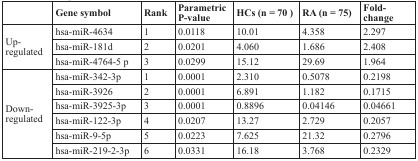
<table><thead><tr><td></td><td><b>Gene symbol</b></td><td><b>Rank</b></td><td><b>Parametric P-value</b></td><td><b>HCs (n = 70)</b></td><td><b>RA (n = 75)</b></td><td><b>Fold-change</b></td></tr></thead><tbody><tr><td rowspan="3">Up-regulated</td><td>hsa-miR-4634</td><td>1</td><td>0.0118</td><td>10.01</td><td>4.358</td><td>2.297</td></tr><tr><td>hsa-miR-181d</td><td>2</td><td>0.0201</td><td>4.060</td><td>1.686</td><td>2.408</td></tr><tr><td>hsa-miR-4764-5 p</td><td>3</td><td>0.0299</td><td>15.12</td><td>29.69</td><td>1.964</td></tr><tr><td rowspan="6">Down-regulated</td><td>hsa-miR-342-3p</td><td>1</td><td>0.0001</td><td>2.310</td><td>0.5078</td><td>0.2198</td></tr><tr><td>hsa-miR-3926</td><td>2</td><td>0.0001</td><td>6.891</td><td>1.182</td><td>0.1715</td></tr><tr><td>hsa-miR-3925-3p</td><td>3</td><td>0.0001</td><td>0.8896</td><td>0.04146</td><td>0.04661</td></tr><tr><td>hsa-miR-122-3p</td><td>4</td><td>0.0207</td><td>13.27</td><td>2.729</td><td>0.2057</td></tr><tr><td>hsa-miR-9-5p</td><td>5</td><td>0.0223</td><td>7.625</td><td>21.32</td><td>0.2796</td></tr><tr><td>hsa-miR-219-2-3p</td><td>6</td><td>0.0331</td><td>16.18</td><td>3.768</td><td>0.2329</td></tr></tbody></table>